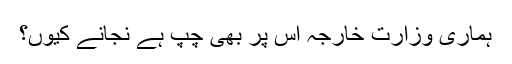
ہماری وزارتِ خارجہ اس پر بھی چپ ہے نجانے کیوں؟